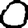
Digit: 0